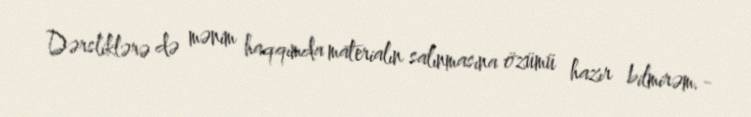
Dərsliklərə də mənim haqqımda materialın salınmasına özümü hazır bilmirəm.-